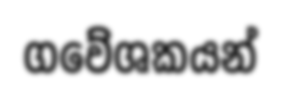
ගවේශකයන්